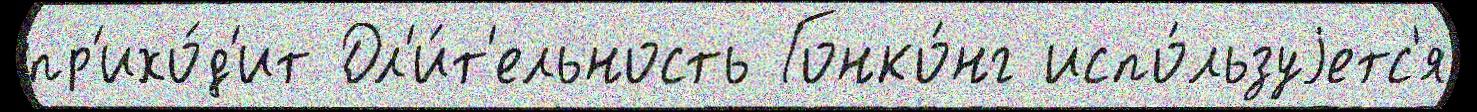
пр'ихо́д'ит Дл'и́т'ельность Гонко́нг испо́льзуjетс'я